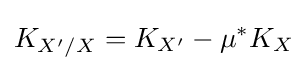
K_{X'/X}=K_{X'}-\mu ^{*}K_{X}